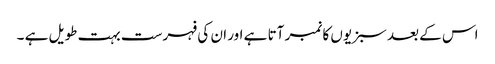
اس کے بعد سبزیوں کا نمبر آتا ہے اور ان کی فہرست بہت طویل ہے ۔